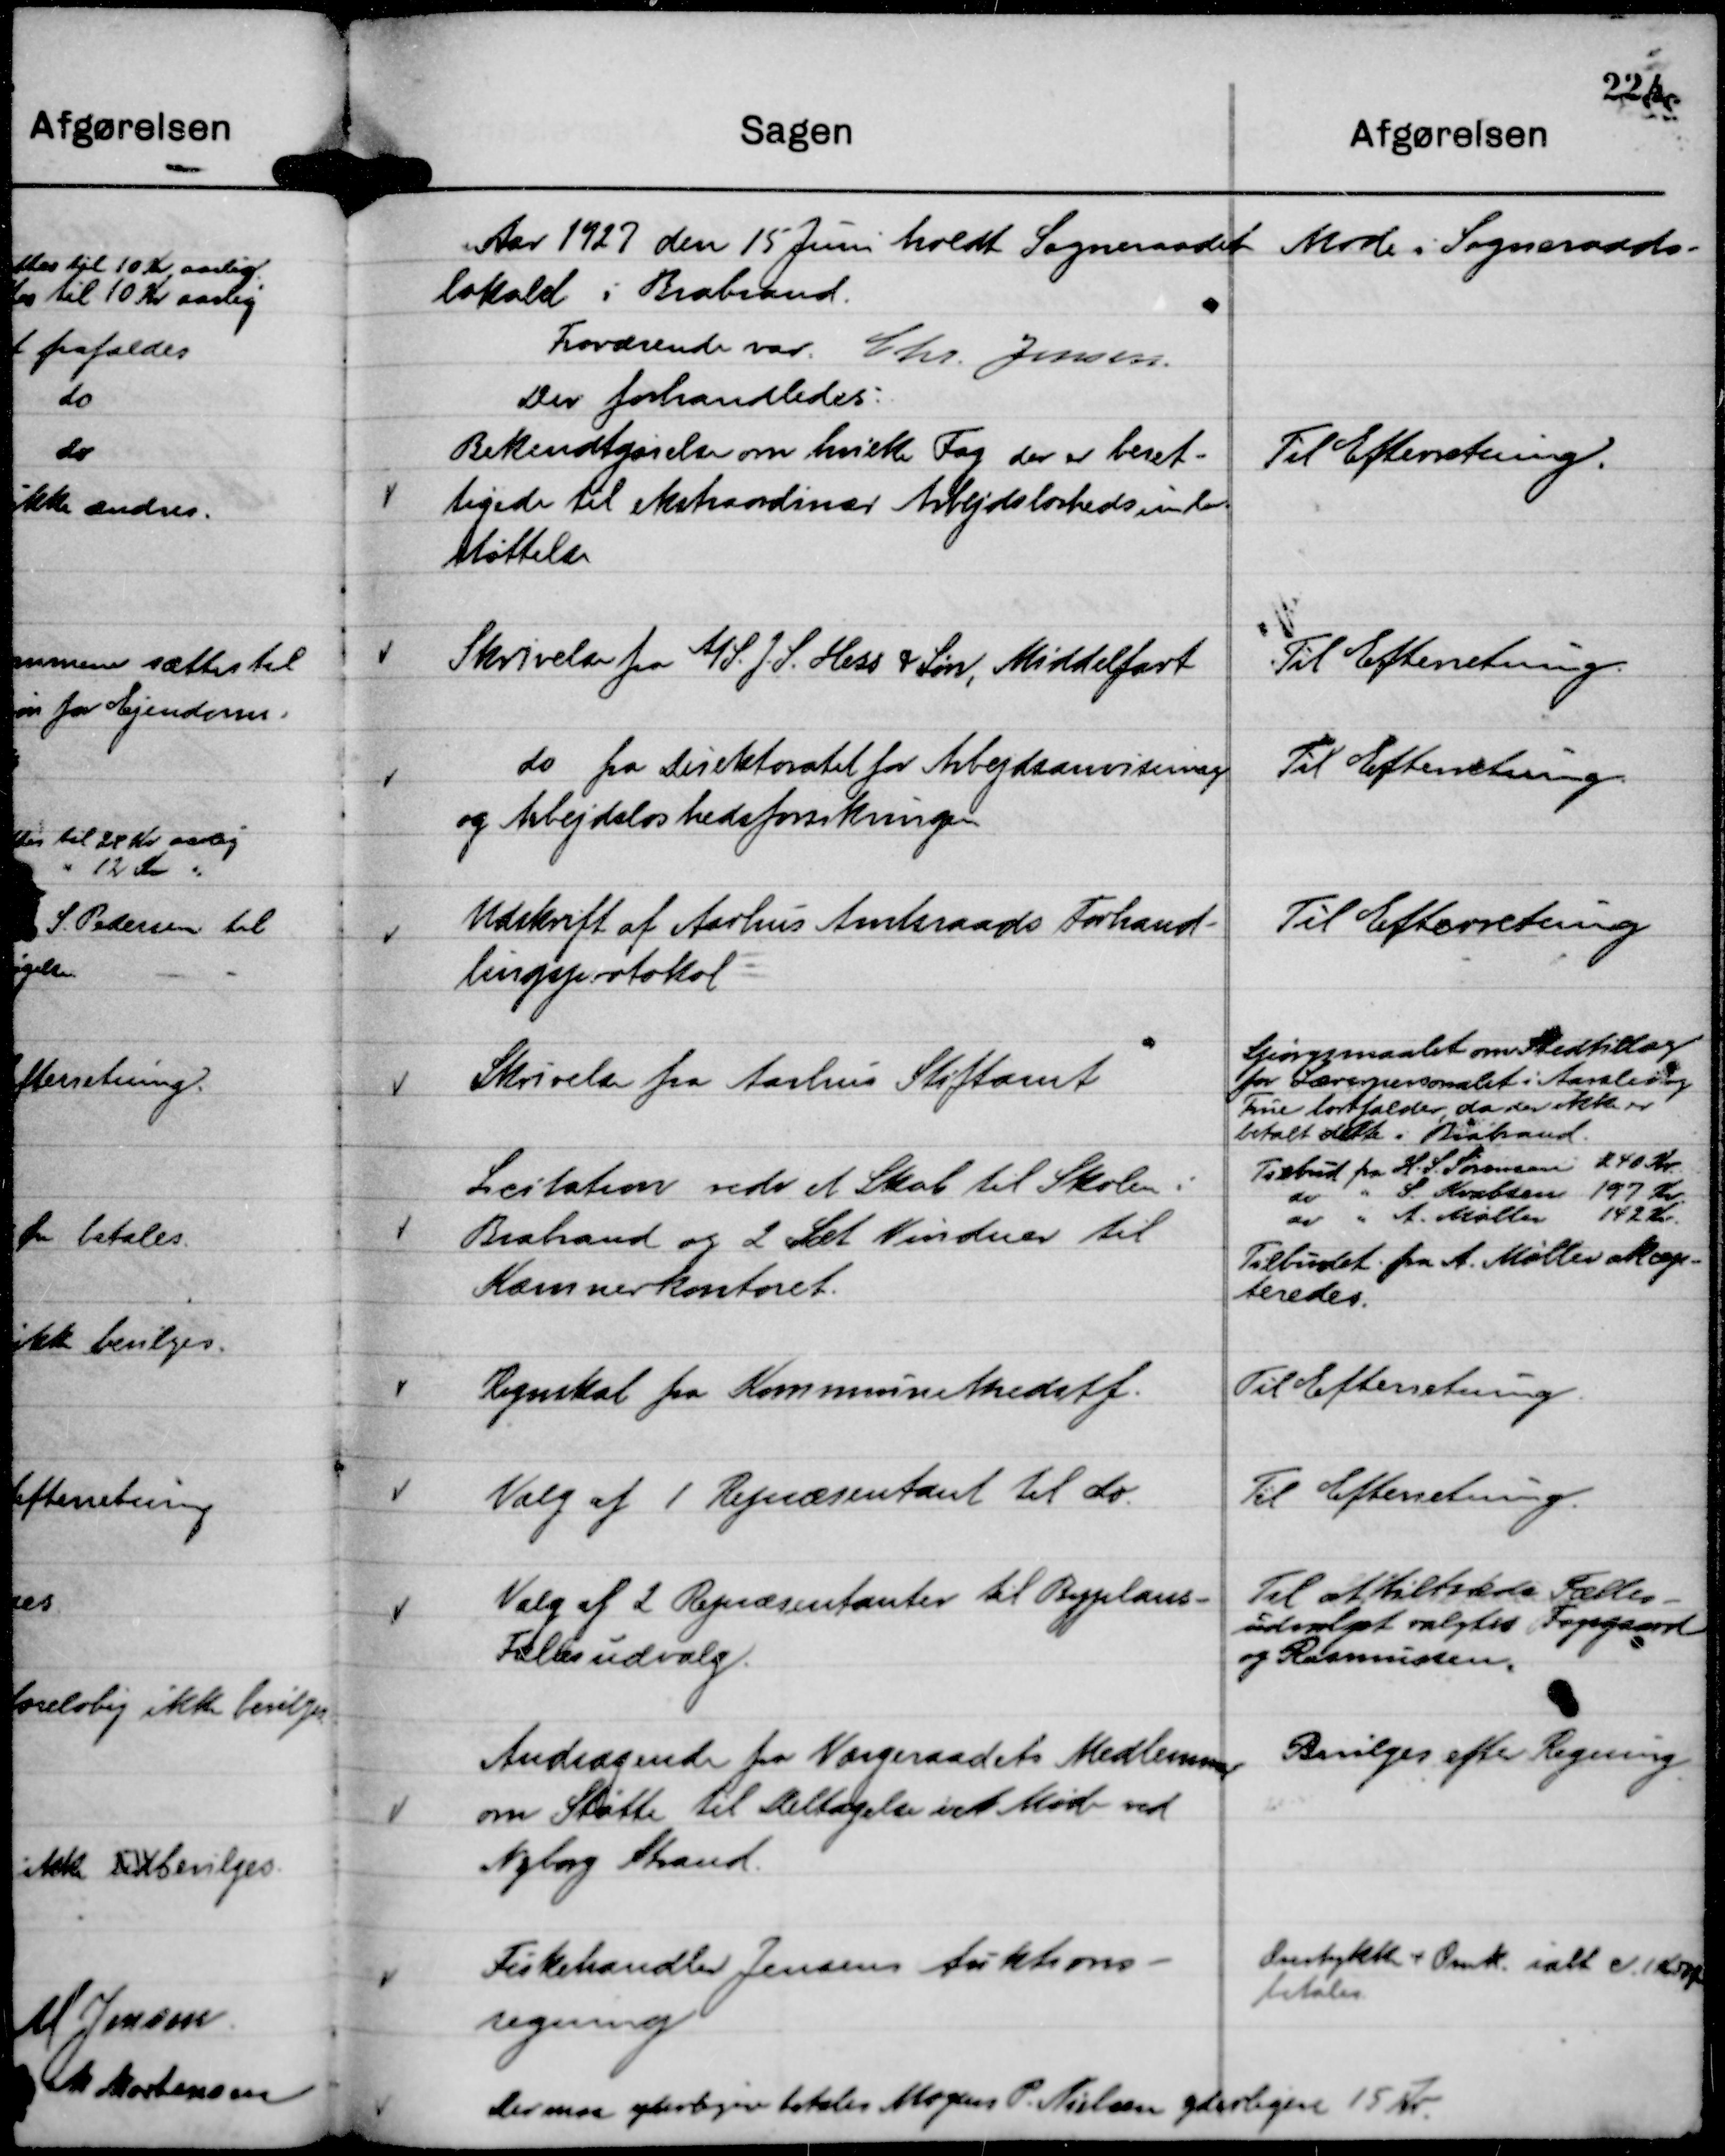
Transskription:
Aar 1927 den 15 Juni holdt Sogneraadet Møde i Sogneraads-
lokalet i Brabrand.
Fraværende var Chr. Jensen.
Der forhandledes:

Bekendtgørelse om hvilke Fag der er beret-
tigede til ekstraordinær Arbejdsløshedsunder-
støttelse

Til Efterretning.

Skrivelse fra A/S. J. S. Hess & Søn, Middelfart

Til Efterretning.

do fra Direktoratet for Arbejdsanvisning
og Arbejdsløshedsforsikringen

Til Efterretning.

Udskrift af Aarhus Amtsraads Forhand-
lingsprotokol

Til Efterretning

Skrivelse fra Aarhus Stiftamt

Spørgsmaalet om Stedtillæg
for Lærerpersonalet i Aarslev og
True bortfalder, da der ikke er
betalt dette i Brabrand.

Licitation vedr et Skab til Skolen i
Brabrand og 2 Sæt Vinduer til
Kæmnerkontoret.

Tilbud fra H. S. Sørensen 240 Kr.
do " S. Krabsen 197 Kr.
do " A. Møller 142 Kr.
Tilbudet fra A. Møller akcep-
teredes.

Regnskab fra Kommunekreditf.

Til Efterretning.

Valg af 1 Repræsentant til do

Til Efterretning.

Valg af 2 Repræsentanter til Byplans-
Fællesudvalg.

Til at tiltræde Fælles-
udvalget valgtes Fogsgaard
og Rasmussen.

Andragende fra Værgeraadets Medlemmer
om Støtte til Deltagelse i et Møde ved
Nyborg Strand.

Bevilges efter Regning

Fiskehandler Jensens Auktions-
regning

Orestykke + Omk ialt c. 1 Kr 58 Øre
betales.

Der maa yderligere betales Mogens P. Nielsen yderligere 15 Kr.